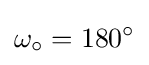
\omega _{\circ }=180^{\circ }